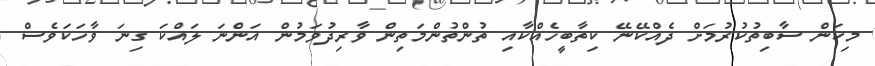
މިކަން ސާބިތުކުރުމަށް ދެއްކޭނޭ ކިތާބީހެެއްކާއި ތުންތުންމަތިން ވާރިދުވަމުން އަންނަ ލައްކަ ގިނަ ވާހަކަވެސް